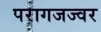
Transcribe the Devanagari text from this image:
परागजज्वर